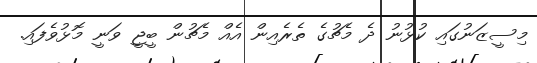
މިސީޒަނުގައި ކުޅުނު ދެ މެޗުގެ ތެރެއިން އެއް މެޗުން ބީޖީ ވަނީ މޮޅުވެފައި.